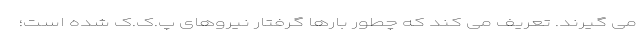
می گیرند. تعریف می کند که چطور بارها گرفتار نیروهای پ.ک.ک شده است؛